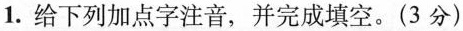
1.给下列加点字注音，并完成填空。(3分)